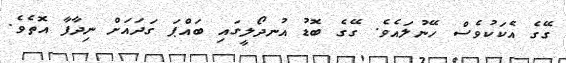
ގޭގެ އެކަކުވެސް ހޭނުލައެވެ. ގޭގެ ބޮޑު އުނދޯލީގައި ބައްޕަ ގަދައަށް ނިދާފާ އޮތެވެ.